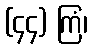
(၄၄) ကြံ၊